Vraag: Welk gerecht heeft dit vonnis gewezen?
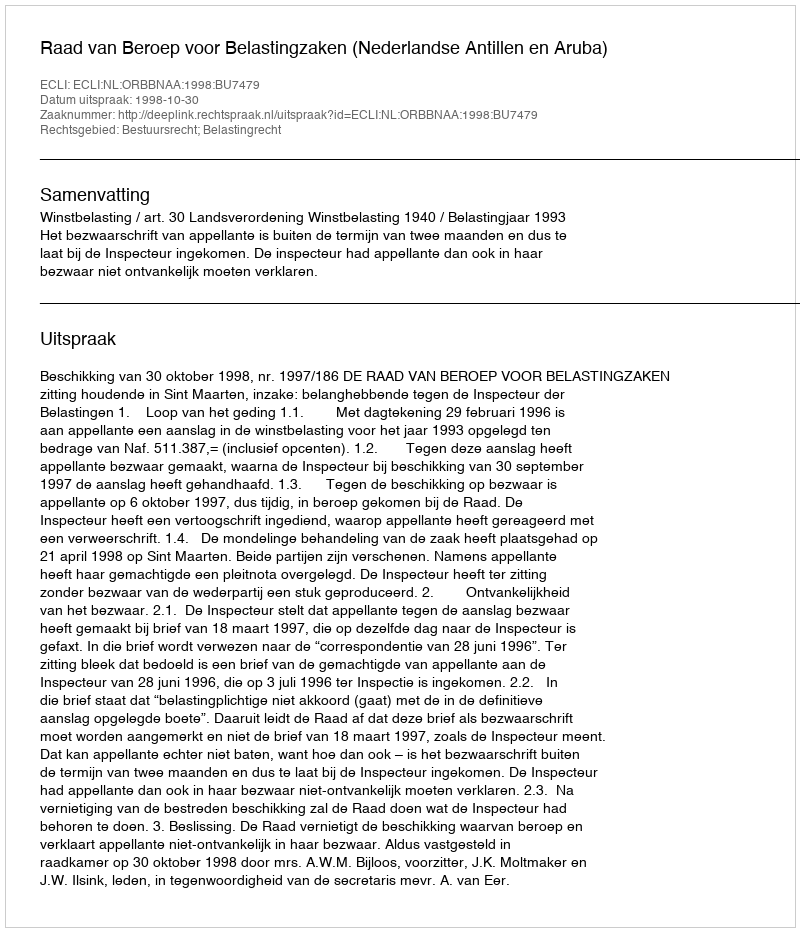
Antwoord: Raad van Beroep voor Belastingzaken (Nederlandse Antillen en Aruba)